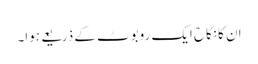
ان کانکاح ایک روبوٹ کے ذریعے ہوا۔